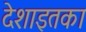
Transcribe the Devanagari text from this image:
देशाइतका